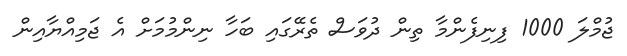
ޖުމްލަ 1000 ފިނިފެންމާ ތިން ދުވަސް ތެރޭގައި ބަހާ ނިންމުމަށް އެ ޖަމިއްޔާއިން